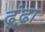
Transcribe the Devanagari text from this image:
ढ़ूंढ़ा